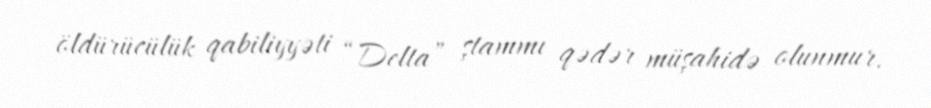
öldürücülük qabiliyyəti “Delta” ştammı qədər müşahidə olunmur.